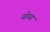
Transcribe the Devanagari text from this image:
योग्य